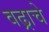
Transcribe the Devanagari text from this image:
वढ्राचे